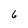
Character: 6